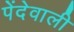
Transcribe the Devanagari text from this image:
पेंदेवाली